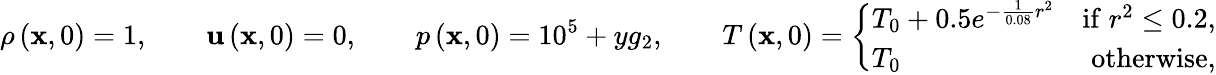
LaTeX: \rho\left(\mathbf{x},0\right)=1,\qquad\mathbf{u}\left(\mathbf{x},0\right)=0,\qquad p\left(\mathbf{x},0\right)=10^{5}+yg_{2},\qquad T\left(\mathbf{x},0\right)=\left\lbrace\begin{array}{lr}{T_{0}+0.5e^{-\frac{1}{0.08}r^{2}}}&{\mathrm{if}\; r^{2}\le 0.2,}\\ {T_{0}}&{\mathrm{otherwise},}\end{array}\right.